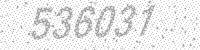
Solution: 536031